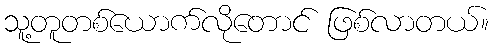
သူ့တူတစ်ယောက်လိုတောင် ဖြစ်လာတယ်။